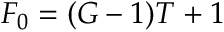
F _ { 0 } = ( G - 1 ) T + 1